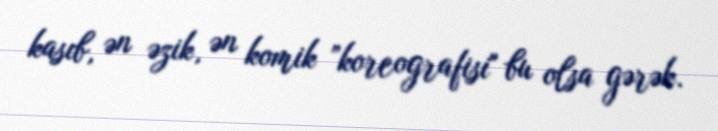
kasıb, ən əzik, ən komik ”koreografisi" bu olsa gərək.